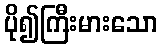
ပို၍ကြီးမားသော